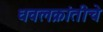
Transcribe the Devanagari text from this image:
धवलक्रांतीचे